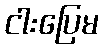
ငါးပြေမ